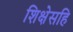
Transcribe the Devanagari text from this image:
शिक्षेसहि